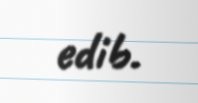
edib.